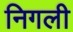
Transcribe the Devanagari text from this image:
निगली